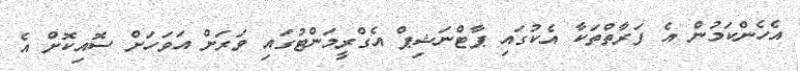
އެހެންކަމުން އެ ފަރާތްތަކާ އެކުގައި ޕާޓްނަޝިޕް އެގްރީމަންޓުގައި ވަރަށް އަވަހަށް ސޮއިކޮށް އެ